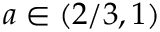
a \in ( 2 / 3 , 1 )